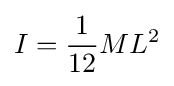
I={\frac {1}{12}}ML^{2}